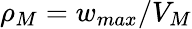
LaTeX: \rho_{M}={w_{max}}/{V_{M}}